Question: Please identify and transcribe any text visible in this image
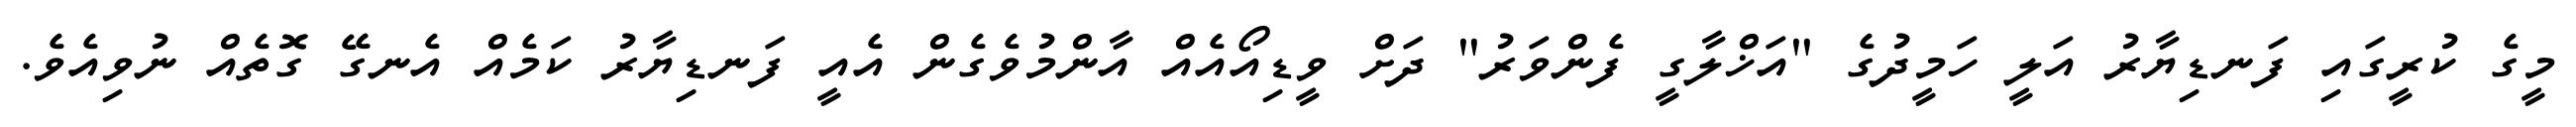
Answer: މީގެ ކުރީގައި ފަނޑިޔާރު އަލީ ހަމީދުގެ "އަޚްލާގީ ފެންވަރު" ދަށް ވީޑިއޯއެއް އާންމުވެގެން އެއީ ފަނޑިޔާރު ކަމެއް އެނގޭ ގޮތެއް ނުވިއެވެ.